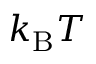
k _ { \mathrm { B } } T